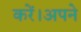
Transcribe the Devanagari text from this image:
करें।अपने